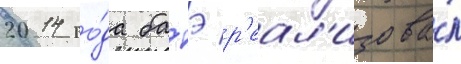
2014 го́да батэ р'еал'изова́л